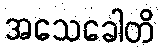
အသေခေါတိ